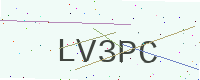
Text: LV3PC